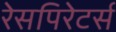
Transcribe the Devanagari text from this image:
रेसपिरेटर्स